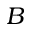
B